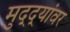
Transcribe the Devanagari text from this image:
मुद्‌द्‌यांवर